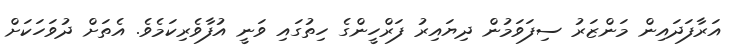
އަރާފަދައިން މަންޒަރު ސިފަވަމުން ދިޔައިރު ފަރްހީންގެ ހިތުގައި ވަނީ އުފާވެރިކަމެވެ. އެތަށް ދުވަހަކަށް